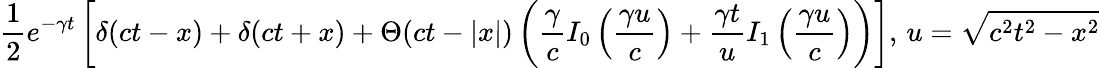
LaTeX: {\frac{1}{2}}e^{-\gamma t}\left[\delta(ct-x)+\delta(ct+x)+\Theta(ct-|x|)\left({\frac{\gamma}{c}}I_{0}\left({\frac{\gamma u}{c}}\right)+{\frac{\gamma t}{u}}I_{1}\left({\frac{\gamma u}{c}}\right)\right)\right],\, u={\sqrt{c^{2}t^{2}-x^{2}}}